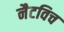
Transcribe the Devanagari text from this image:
नैटविच